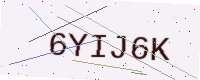
Text: 6YIJ6K